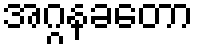
အဂ္ဂနခတော